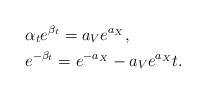
LaTeX: \begin{align*}\begin{aligned}&\alpha_t e^{\beta_t}=a_Ve^{a_X},\\&e^{-\beta_t}=e^{-a_X}-a_Ve^{a_X}t.\end{aligned}\end{align*}